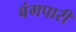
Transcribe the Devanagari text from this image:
बंगपारी